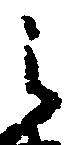
之